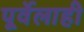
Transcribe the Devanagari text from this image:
पूर्वेलाही